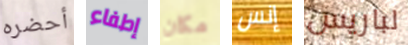
أحضره إطفاء مكان إنس لباريس